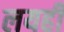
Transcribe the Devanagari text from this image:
लयही